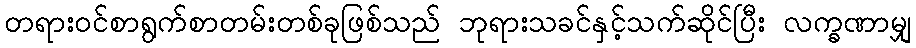
တရားဝင်စာရွက်စာတမ်းတစ်ခုဖြစ်သည် ဘုရားသခင်နှင့်သက်ဆိုင်ပြီး လက္ခဏာမျှ